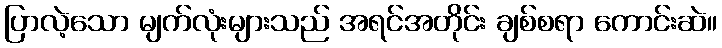
ပြာလဲ့သော မျက်လုံးများသည် အရင်အတိုင်း ချစ်စရာ ကောင်းဆဲ။